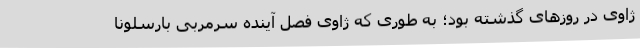
ژاوی در روزهای گذشته بود؛ به طوری که ژاوی فصل آینده سرمربی بارسلونا